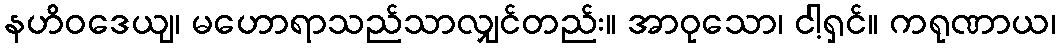
နဟိဝဒေယျ၊ မဟောရာသည်သာလျှင်တည်း။ အာဝုသော၊ ငါ့ရှင်။ ကရုဏာယ၊